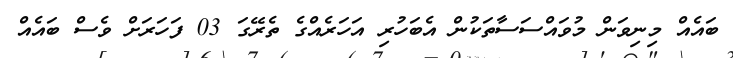
ބައެއް މިނިވަން މުވައްސަސާތަކުން އެބަހުރި އަހަރެއްގެ ތެރޭގަ 03 ފަހަރަށް ވެސް ބައެއް